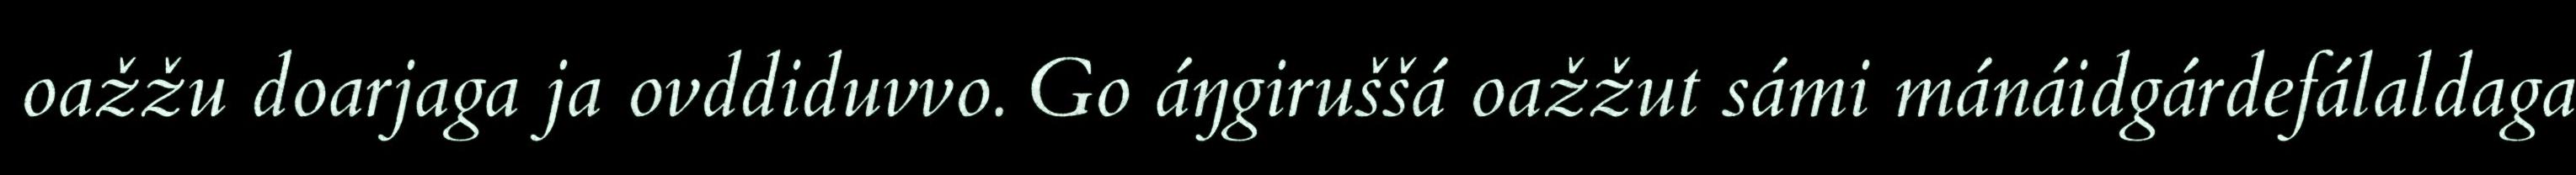
oažžu doarjaga ja ovddiduvvo. Go áŋgiruššá oažžut sámi mánáidgárdefálaldaga